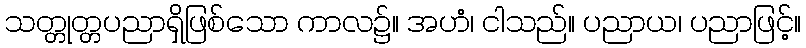
သတ္တုတ္တပညာရှိဖြစ်သော ကာလ၌။ အဟံ၊ ငါသည်။ ပညာယ၊ ပညာဖြင့်။